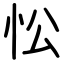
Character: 忪